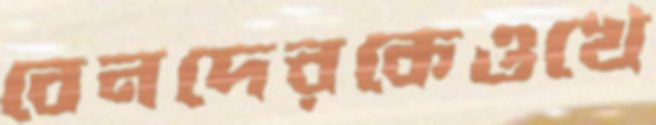
বেনদেরকেওখে